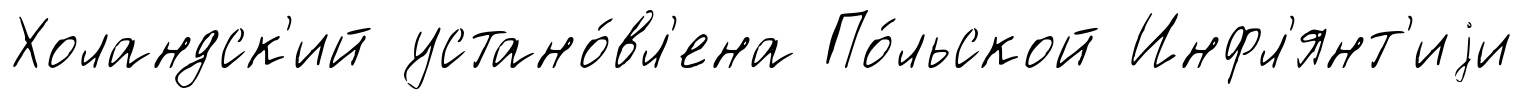
Холандск'ий устано́вл'ена По́льской Инфл'янт'иjи